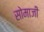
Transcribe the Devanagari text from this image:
सोमाजी